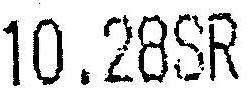
10.28SR